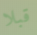
قبلا